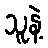
သူနဲ့